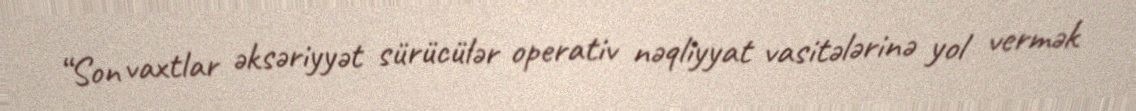
“Son vaxtlar əksəriyyət sürücülər operativ nəqliyyat vasitələrinə yol vermək